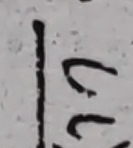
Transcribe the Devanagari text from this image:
ल